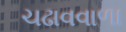
ચઢાવવાળા